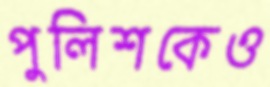
পুলিশকেও